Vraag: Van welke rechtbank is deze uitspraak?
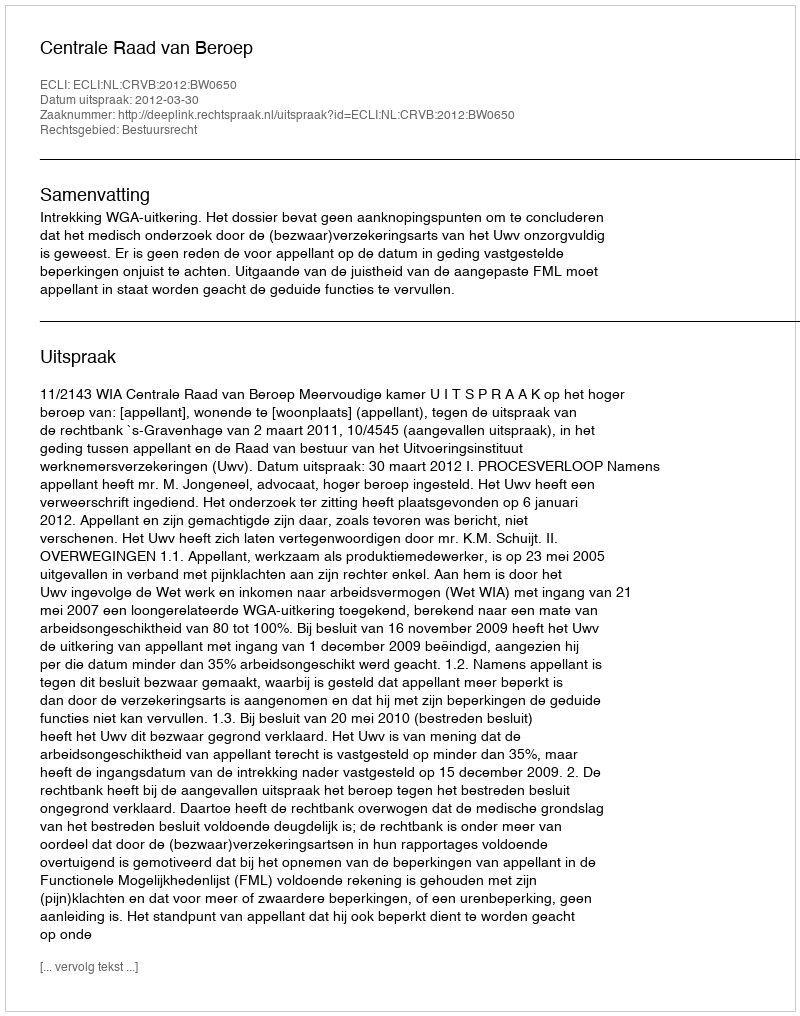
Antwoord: Centrale Raad van Beroep